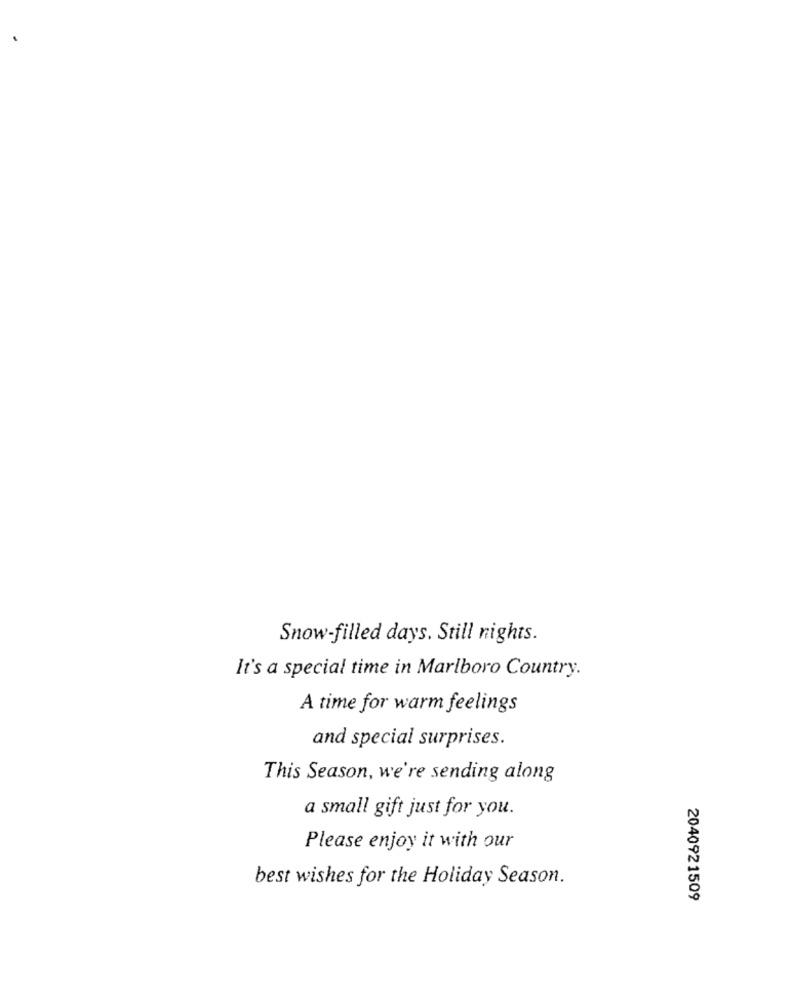
Snow-filled days. Still nights.
It's a special time in Marlboro Country.
A time for warm feelings
and special surprises.
This Season, we're sending along
a small gift just for you.
Please enjoy it with our
best wishes for the Holiday Season.
2040921509